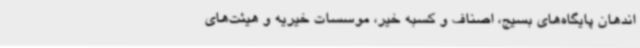
اندهان پایگاه‌های بسیج، اصناف و کسبه خیر، موسسات خیریه و هیئت‌های